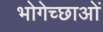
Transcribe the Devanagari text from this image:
भोगेच्छाओं